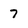
Character: 7